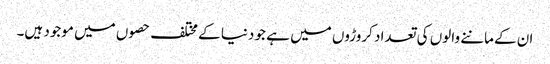
ان کے ماننے والوں کی تعداد کروڑوں میں ہے جو دنیا کے مختلف حصوں میں موجود ہیں۔